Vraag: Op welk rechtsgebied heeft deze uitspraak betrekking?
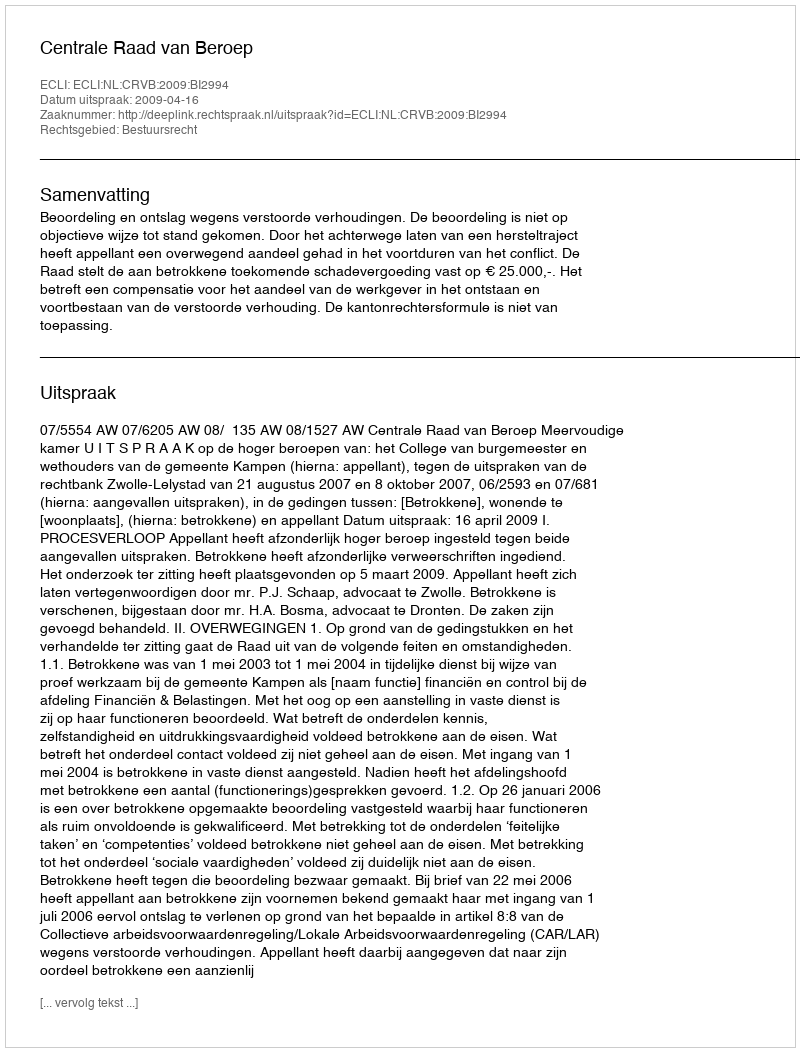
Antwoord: Bestuursrecht